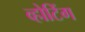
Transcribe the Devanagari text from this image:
व्होटिंग